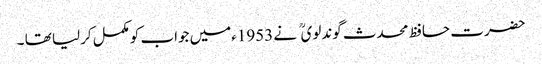
حضرت حافظ محدث گوندلوی نے 1953ءمیں جواب کومکمل کرلیا تھا ۔